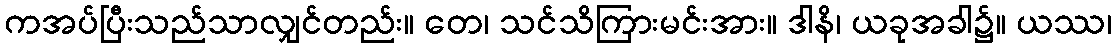
ကအပ်ပြီးသည်သာလျှင်တည်း။ တေ၊ သင်သိကြားမင်းအား။ ဒါနိ၊ ယခုအခါ၌။ ယဿ၊